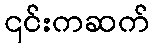
၎င်းကဆက်